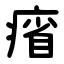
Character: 㾪